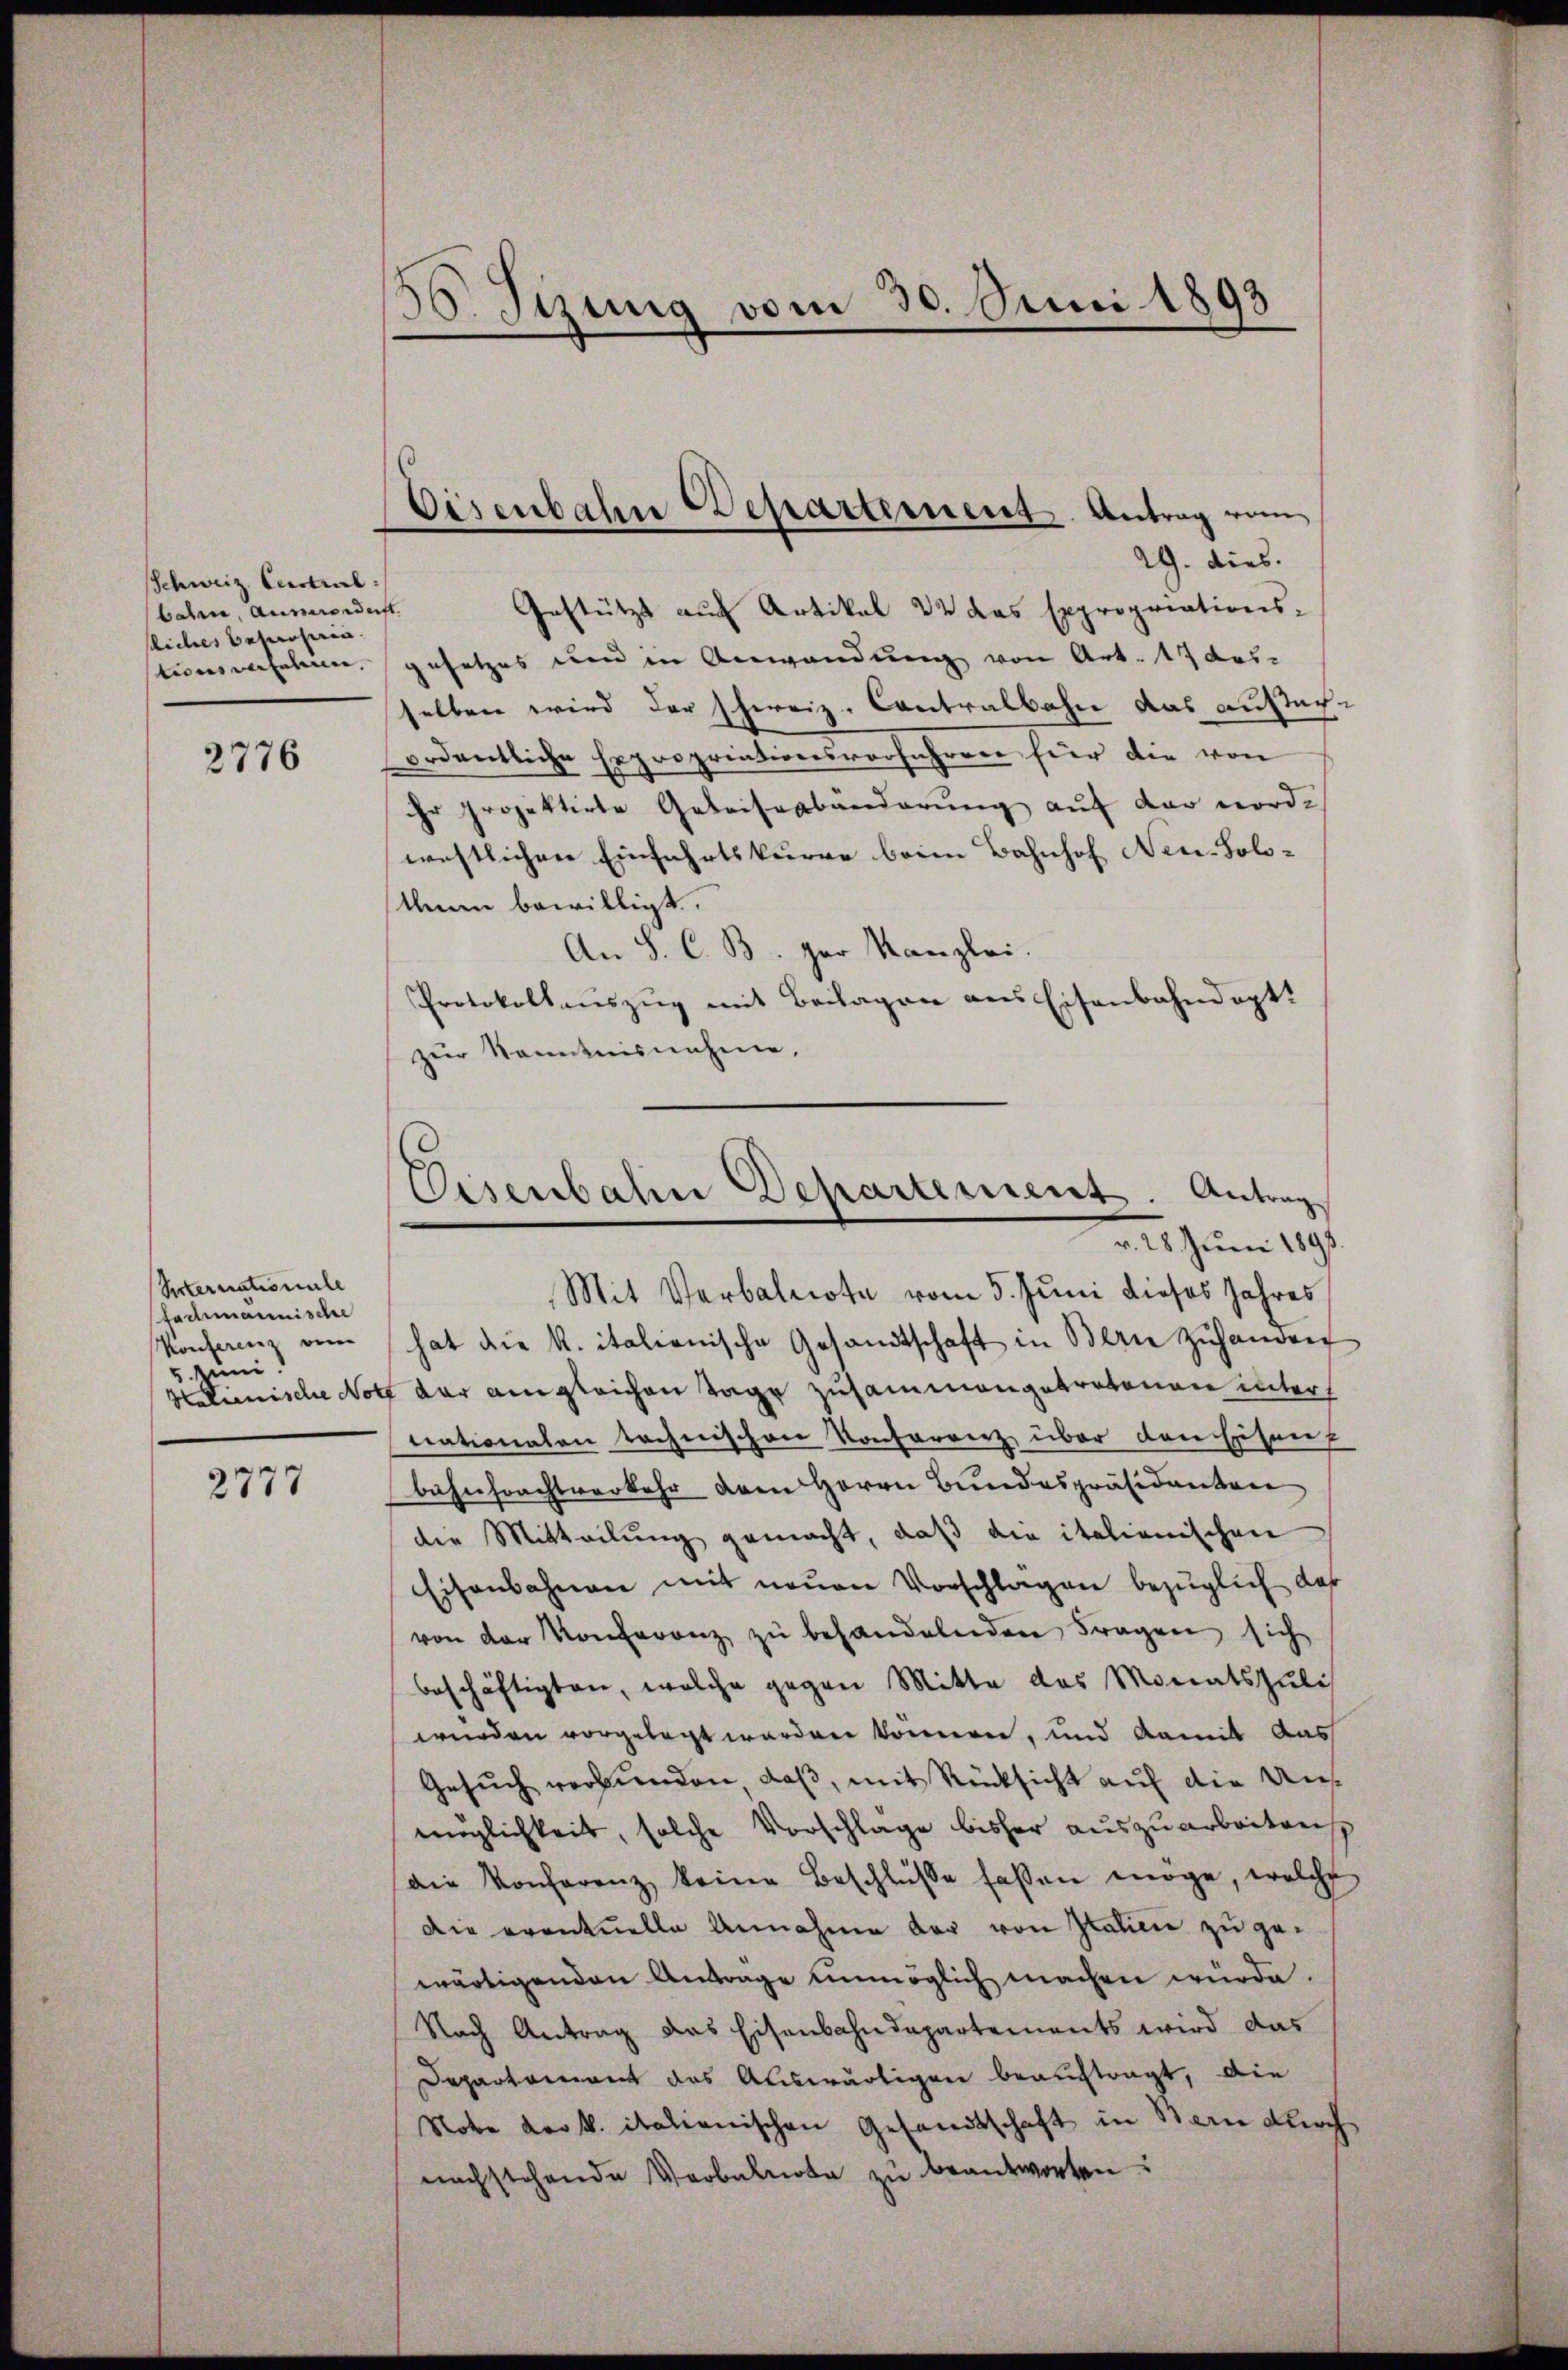
Schweiz. Central:
batria, Ausserenderft.
liches behausein.

2776

Reternationale
fachmannischer
Konferenz ein
5. Juni.

2777

35. Sizung vom 30. Juni 1893

Gestützt auf Artikal 22 das Expropriations-
tionsverfahren, gesetzes um in Anwendung von Art. 17 desselben wird der schweiz. Contralbahn das Aussage
ordentliche Expropriationsvorfahren für die von
ihr projektirte Gebeisenbänderung auf der nord-
westlichen Einfahrtskurre beim Bahnhof Neu-Solo-
keine bewilligt.
An S. C. B. par Kanzlei.
Protokollauszug mit Beilagen aus Eisenbahndapt.
zur Kenntnisnahme,

Eisenbahn Departement Antrag vom
29. dies

Eisenbahn Departement. Antrag
v. 25. Juni 1891.

Mit Verbalnote vom 5. Juni dieses Jahres
hat die k. italienische Gesandtschaft in Bern zŭhanden
Halienische Notz der aingleichen Tage zusammengetratonen unters
trationalen technischen Konferenz über dansehnen
bahnfrachtverkehr dem Herrn Bundespräsidenten
die Mitteilung gemacht, daß die italienischen
Eisenbahnen mit neuen Vorschlagen bezüglich das
von der Konferenz zŭ behandelnden Fragen sich
beschäftigten, welche gegen Mitte des Monatszulis
wurden vorgelegt werden könnenen, und damit Aus
Gesuch verbunden, daß, mit Rücksicht auf die Unmöglichkeit, solche Vorschlage bisher auszuarbeitens
die Konferenz keine Beschlüsse fassen möge, welche
Die eventuelle Annahme der von Italien zu gewärtigenden Antrage unmöglich machen würde.
Nach Antrag das Eisenbahndepartements wird das
Departement das Auswärtiger beauftragt, die
Note der k. italienischen Gesandtschaft in Bern durch
nachstehende Verbalnote zu beantworten: